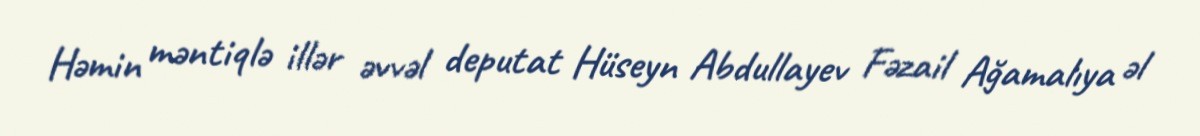
Həmin məntiqlə illər əvvəl deputat Hüseyn Abdullayev Fəzail Ağamalıya əl